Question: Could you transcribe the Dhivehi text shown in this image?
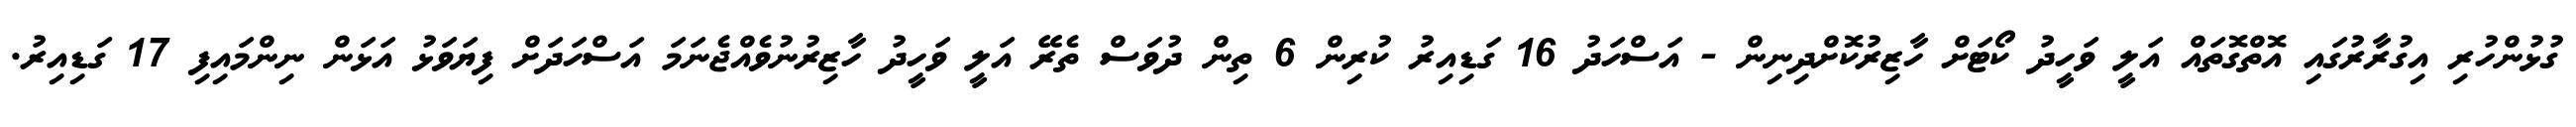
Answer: ގުޅުންހުރި އިގުރާރުގައި އޮތްގޮތައް އަލީ ވަހީދު ކޯޓަށް ހާޒިރުކޮށްދިނިން - އަސްހަދު 16 ގަޑިއިރު ކުރިން 6 ތިން ދުވަސް ތެރޭ އަލީ ވަހީދު ހާޒިރުނުވެއްޖެނަމަ އަސްހަދަށް ފިޔަވަޅު އަޅަން ނިންމައިފި 17 ގަޑިއިރު.